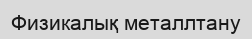
Физикалық металлтану